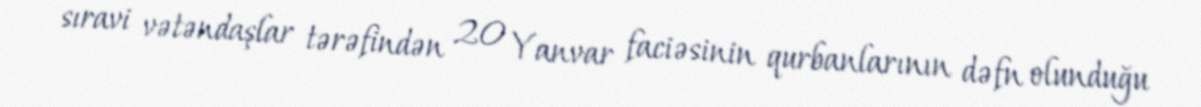
sıravi vətəndaşlar tərəfindən 20 Yanvar faciəsinin qurbanlarının dəfn olunduğu